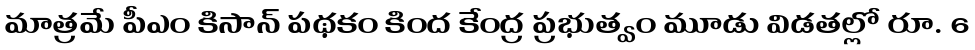
మాత్రమే పీఎం కిసాన్ పథకం కింద కేంద్ర ప్రభుత్వం మూడు విడతల్లో రూ. 6